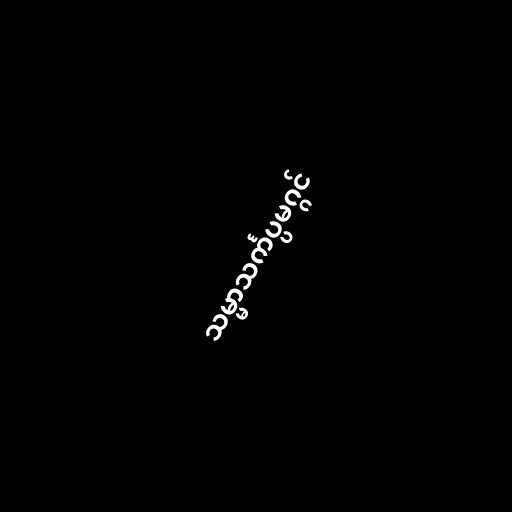
သမ္မာသင်္ကပ္ပမဂ္ဂင်